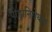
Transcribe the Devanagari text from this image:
पीड़ानिरोधक